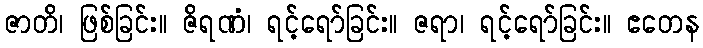
ဇာတိ၊ ဖြစ်ခြင်း။ ဇိရဏံ၊ ရင့်ရော်ခြင်း။ ဇရာ၊ ရင့်ရော်ခြင်း။ ဧတေန